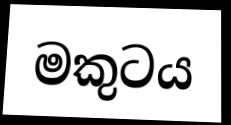
මකුටය